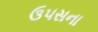
ઉ૫સના